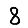
Digit: 8